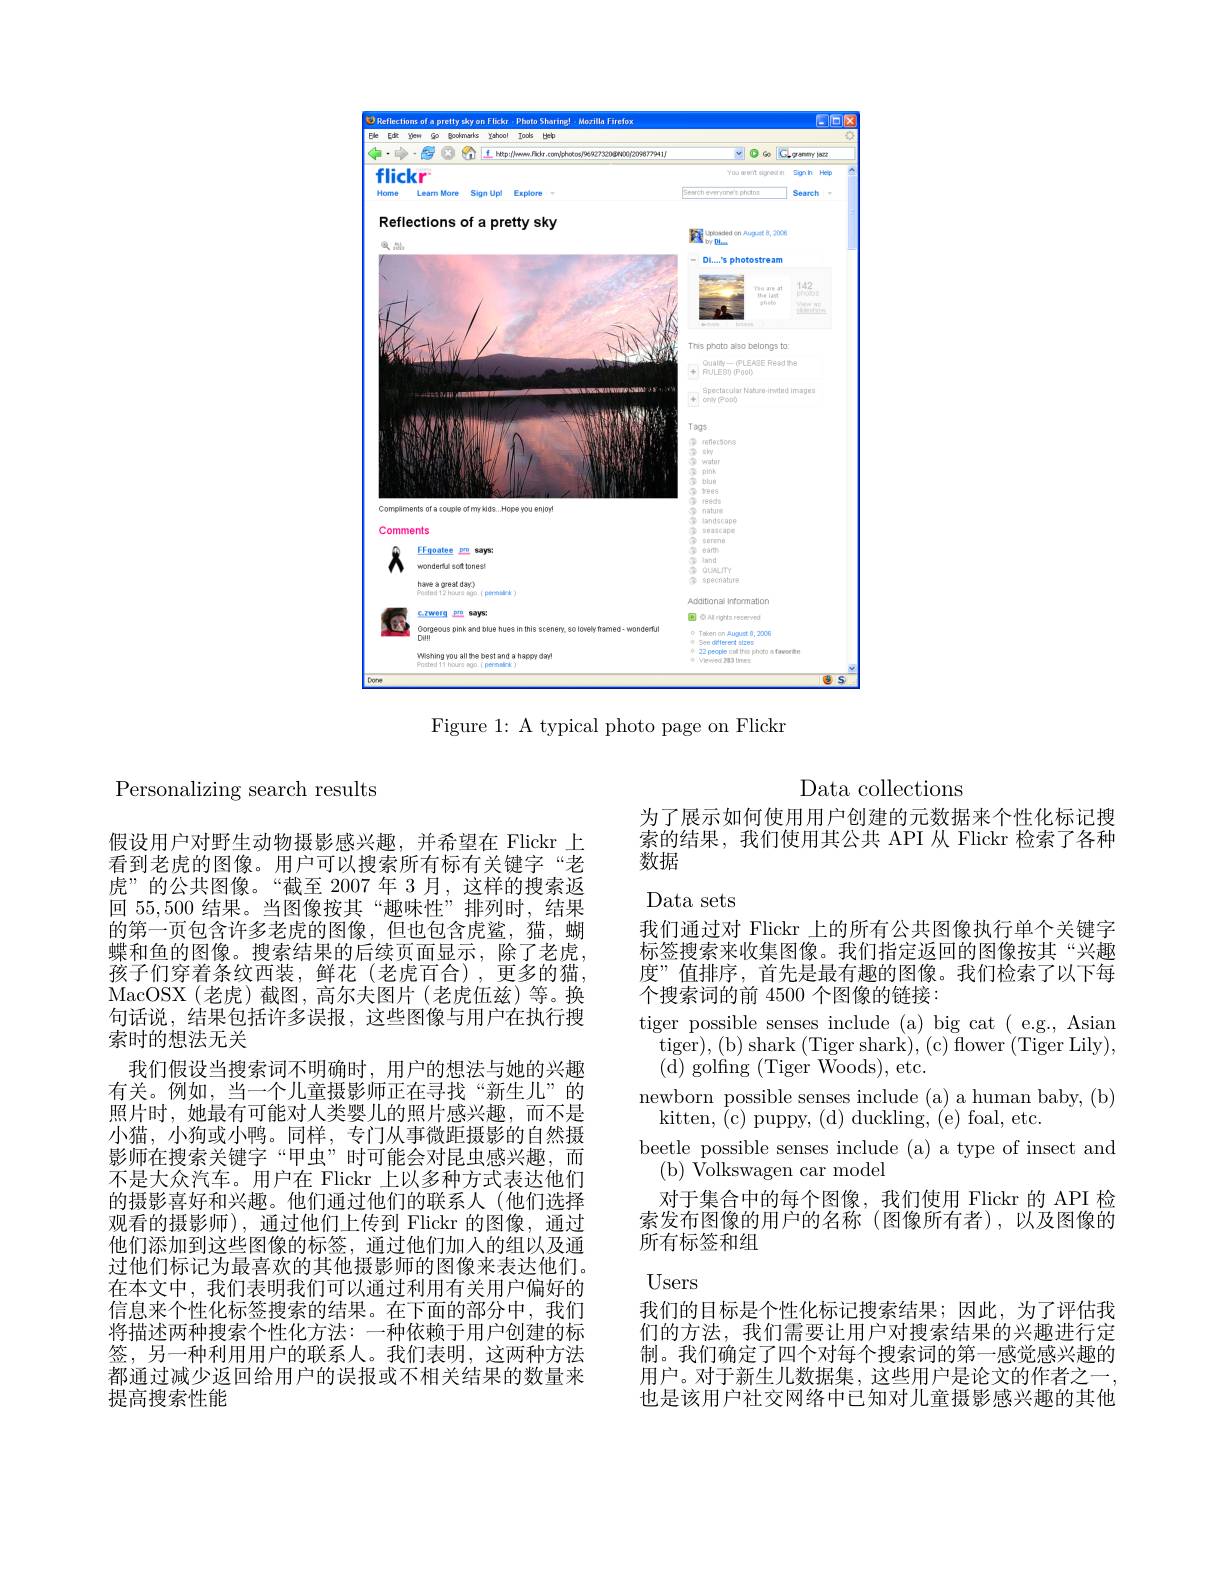
<FigureHere>

Figure 1: A typical photo page on Flickr

Personalizing search results

假设用户对野生动物摄影感兴趣，并希望在 Flickr 上看到老虎的图像。用户可以搜索所有标有关键字“老虎”的公共图像。“截至 2007 年 3月，这样的搜索返回55，500结果。当图像按其“趣味性”排列时，结果的第一页包含许多老虎的图像，但也包含虎鲨，猫，蝴蝶和鱼的图像。搜索结果的后续页面显示，除了老虎， 孩子们穿着条纹西装，鲜花(老虎百合),更多的猫， MacOSX ( 老 虎 ) 截 图 , 高 尔 夫 图 片 ( 老 虎 伍 兹 ) 等 。换 句话说，结果包括许多误报，这些图像与用户在执行搜索时的想法无关
我们假设当搜索词不明确时，用户的想法与她的兴趣有关。例如，当一个儿童摄影师正在寻找“新生儿”的照片时，她最有可能对人类婴儿的照片感兴趣，而不是小猫，小狗或小鸭。同样，专门从事微距摄影的自然摄影师在搜索关键字“甲虫”时可能会对昆虫感兴趣，而不是大众汽车。用户在 Flickr 上以多种方式表达他们的摄影喜好和兴趣。他们通过他们的联系人(他们选择观看的摄影师),通过他们上传到 Flickr 的图像，通过他们添加到这些图像的标签，通过他们加入的组以及通过他们标记为最喜欢的其他摄影师的图像来表达他们。在本文中，我们表明我们可以通过利用有关用户偏好的信息来个性化标签搜索的结果。在下面的部分中，我们将描述两种搜索个性化方法：一种依赖于用户创建的标签，另一种利用用户的联系人。我们表明，这两种方法都通过减少返回给用户的误报或不相关结果的数量来提高搜索性能

Data collections

为了展示如何使用用户创建的元数据来个性化标记搜索的结果，我们使用其公共 API 从 Flickr 检索了各种数据
Data sets
我们通过对 Flickr 上的所有公共图像执行单个关键字标签搜索来收集图像。我们指定返回的图像按其“兴趣度”值排序，首先是最有趣的图像。我们检索了以下每个搜索词的前4500个图像的链接：
tiger possible senses include (a) big cat ( e.g., Asian
tiger),(b) shark(Tiger shark),(c) flower(Tiger Lily),
(d) golfing (Tiger Woods),etc.
newborn possible senses include (a) a human baby, (b)
kitten, $\tilde{(}$c) puppy, (d) duckling, (e) foal, etc.
beetle possible senses include (a) a type of insect and
( b) Volkswagen car model
对于集合中的每个图像，我们使用 Flickr 的 API 检索发布图像的用户的名称(图像所有者),以及图像的所有标签和组
Users

我们的目标是个性化标记搜索结果；因此，为了评估我们的方法，我们需要让用户对搜索结果的兴趣进行定制。我们确定了四个对每个搜索词的第一感觉感兴趣的用户。对于新生儿数据集，这些用户是论文的作者之一也是该用户社交网络中已知对儿童摄影感兴趣的其他